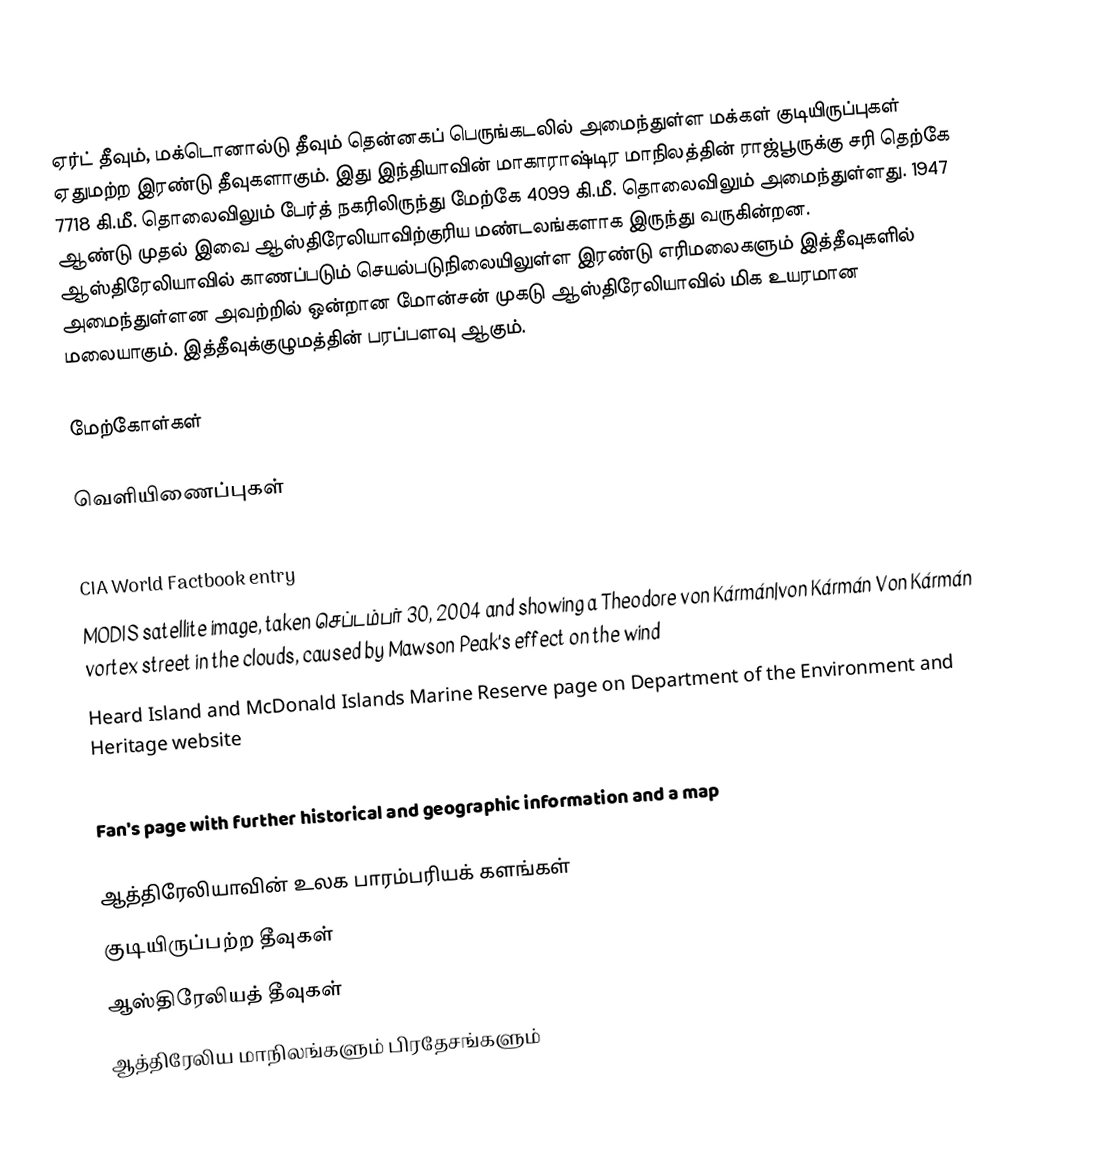
ஏர்ட் தீவும், மக்டொனால்டு  தீவும் தென்னகப் பெருங்கடலில் அமைந்துள்ள மக்கள் குடியிருப்புகள் ஏதுமற்ற இரண்டு தீவுகளாகும். இது இந்தியாவின் மாகாராஷ்டிர மாநிலத்தின் ராஜ்பூருக்கு சரி தெற்கே 7718 கி.மீ. தொலைவிலும்  பேர்த் நகரிலிருந்து மேற்கே 4099 கி.மீ. தொலைவிலும் அமைந்துள்ளது. 1947 ஆண்டு முதல் இவை ஆஸ்திரேலியாவிற்குரிய மண்டலங்களாக இருந்து வருகின்றன. ஆஸ்திரேலியாவில் காணப்படும் செயல்படுநிலையிலுள்ள இரண்டு எரிமலைகளும் இத்தீவுகளில் அமைந்துள்ளன அவற்றில் ஒன்றான மோன்சன் முகடு ஆஸ்திரேலியாவில் மிக உயரமான மலையாகும். இத்தீவுக்குழுமத்தின் பரப்பளவு  ஆகும்.

மேற்கோள்கள்

வெளியிணைப்புகள்
 Heard Island and McDonald Islands official website
 CIA World Factbook entry
 MODIS satellite image, taken செப்டம்பர் 30, 2004 and showing a  Theodore von Kármán|von Kármán  Von Kármán vortex street in the clouds, caused by Mawson Peak's effect on the wind
 Heard Island and McDonald Islands Marine Reserve page on Department of the Environment and Heritage website
 World Heritage Site entry
 Fan's page with further historical and geographic information and a map

ஆத்திரேலியாவின் உலக பாரம்பரியக் களங்கள்
குடியிருப்பற்ற தீவுகள்
ஆஸ்திரேலியத் தீவுகள்
ஆத்திரேலிய மாநிலங்களும் பிரதேசங்களும்